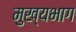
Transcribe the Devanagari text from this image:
मुख्यभाग